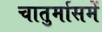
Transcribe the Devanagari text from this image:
चातुर्मासमें